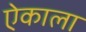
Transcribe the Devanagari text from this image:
ऐकाला